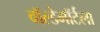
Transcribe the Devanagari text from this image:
वॉल्डेमॉर्टला